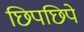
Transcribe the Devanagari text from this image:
छिपछिपे